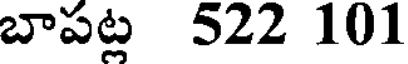
బాపట్ల 522 101